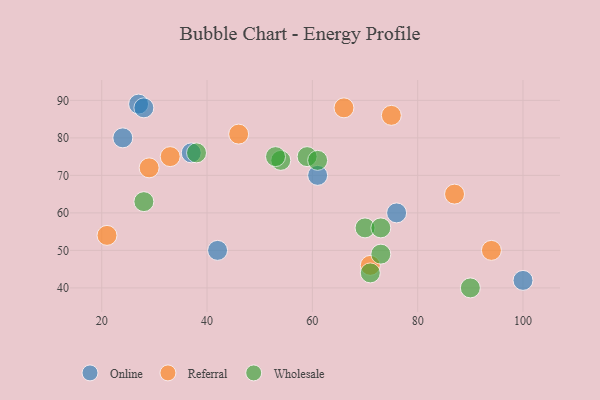
{"axis": {"x": "GDP", "y": "Life Expectancy"}, "legend": ["Online", "Referral", "Wholesale"], "data": [{"x": "27", "y": 89, "type": "Online"}, {"x": "42", "y": 50, "type": "Online"}, {"x": "28", "y": 88, "type": "Online"}, {"x": "61", "y": 70, "type": "Online"}, {"x": "76", "y": 60, "type": "Online"}, {"x": "37", "y": 76, "type": "Online"}, {"x": "24", "y": 80, "type": "Online"}, {"x": "100", "y": 42, "type": "Online"}, {"x": "94", "y": 50, "type": "Referral"}, {"x": "87", "y": 65, "type": "Referral"}, {"x": "21", "y": 54, "type": "Referral"}, {"x": "33", "y": 75, "type": "Referral"}, {"x": "75", "y": 86, "type": "Referral"}, {"x": "46", "y": 81, "type": "Referral"}, {"x": "29", "y": 72, "type": "Referral"}, {"x": "71", "y": 46, "type": "Referral"}, {"x": "66", "y": 88, "type": "Referral"}, {"x": "70", "y": 56, "type": "Wholesale"}, {"x": "59", "y": 75, "type": "Wholesale"}, {"x": "54", "y": 74, "type": "Wholesale"}, {"x": "90", "y": 40, "type": "Wholesale"}, {"x": "61", "y": 74, "type": "Wholesale"}, {"x": "71", "y": 44, "type": "Wholesale"}, {"x": "28", "y": 63, "type": "Wholesale"}, {"x": "38", "y": 76, "type": "Wholesale"}, {"x": "53", "y": 75, "type": "Wholesale"}, {"x": "73", "y": 56, "type": "Wholesale"}, {"x": "73", "y": 49, "type": "Wholesale"}]}